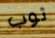
ثوب